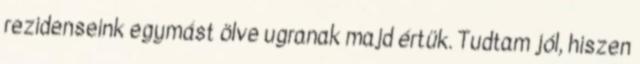
rezidenseink egymást ölve ugranak majd értük. Tudtam jól, hiszen